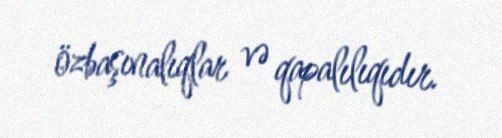
özbaşınalıqlar və qapalılıqıdır.